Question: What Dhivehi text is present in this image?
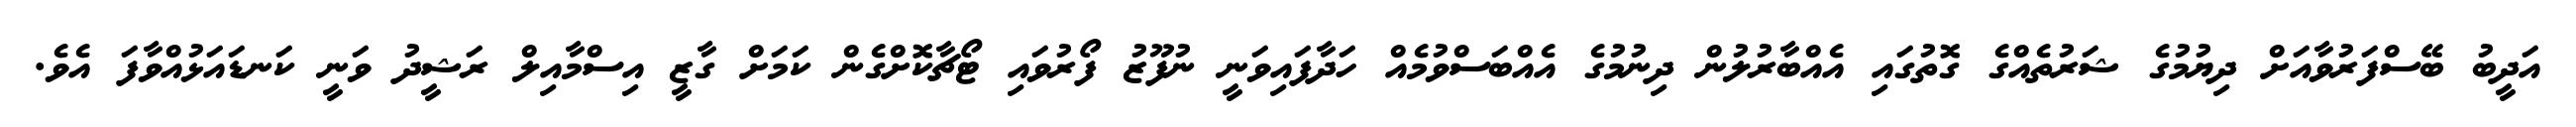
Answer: އަދީބު ބޭސްފަރުވާއަށް ދިޔުމުގެ ޝަރުތެއްގެ ގޮތުގައި އެއްބާރުލުން ދިނުމުގެ އެއްބަސްވުމެއް ހަދާފައިވަނީ ނުފޫޒު ފޯރުވައި ޓޯޗާކޮށްގެން ކަމަށް ގާޒީ އިސްމާއިލް ރަޝީދު ވަނީ ކަނޑައަޅުއްވާފަ އެވެ.